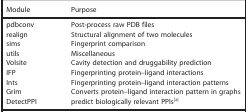
<table><thead><tr><td><b>Module</b></td><td><b>Purpose</b></td></tr></thead><tbody><tr><td>pdbconv</td><td>Post‐process raw PDB files</td></tr><tr><td>realign</td><td>Structural alignment of two molecules</td></tr><tr><td>sims</td><td>Fingerprint comparison</td></tr><tr><td>utils</td><td>Miscellaneous</td></tr><tr><td>Volsite</td><td>Cavity detection and druggability prediction</td></tr><tr><td>IFP</td><td>Fingerprinting protein–ligand interactions</td></tr><tr><td>Ints</td><td>Fingerprinting protein–ligand interaction patterns</td></tr><tr><td>Grim</td><td>Converts protein–ligand interaction pattern in graphs</td></tr><tr><td>DetectPPI</td><td>predict biologically relevant PPIs<sup>[a]</sup></td></tr></tbody></table>